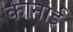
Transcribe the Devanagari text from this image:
कानाई